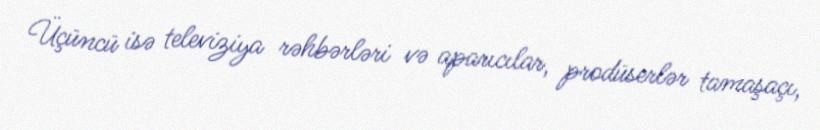
Üçüncü isə televiziya rəhbərləri və aparıcılar, prodüserlər tamaşaçı,